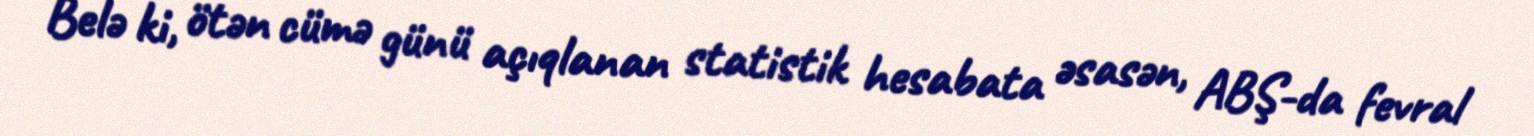
Belə ki, ötən cümə günü açıqlanan statistik hesabata əsasən, ABŞ-da fevral